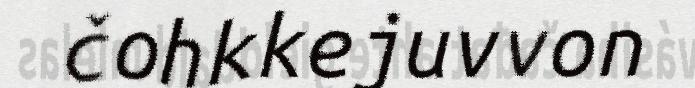
čohkkejuvvon